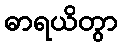
ဓာရယိတွာ